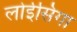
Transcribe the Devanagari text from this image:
लोईसिंगा